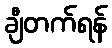
ချီတက်ရန်